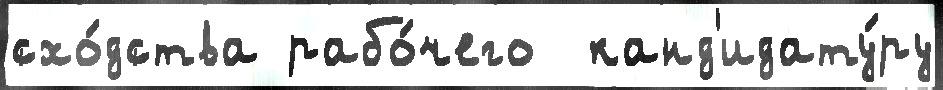
схо́дства рабо́чего  канд'идату́ру